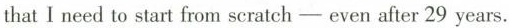
that I need to start from scratch - even after 29 years.